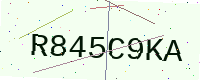
Text: R845C9KA